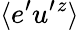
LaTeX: \langle{e^{\prime}u^{\prime}{}^{z}}\rangle